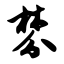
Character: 棼